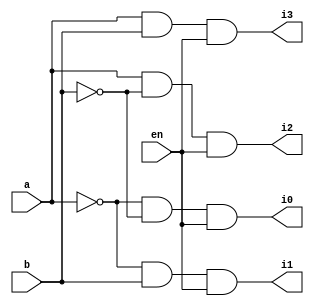
module decoder2to4(a,b,en,i0,i1,i2,i3);
input a,b,en;
output i0,i1,i2,i3;
assign i0 = (~a)&(~b)&en;
assign i1 = (~a)&(b)&en;
assign i2 = (a)&(~b)&en;
assign i3 = (a)&(b)&en;
endmodule